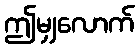
ဤမျှလောက်